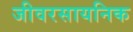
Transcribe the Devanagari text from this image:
जीवरसायनिक